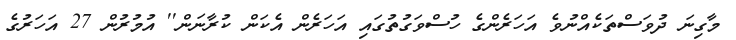
މާގިނަ ދުވަސްތަކެއްނުވެ އަހަރެންގެ ހުސްވަގުތުގައި އަހަރެން އެކަން ކުރާނަން'' އުމުރުން 27 އަހަރުގެ